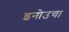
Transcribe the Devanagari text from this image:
इनोउचा